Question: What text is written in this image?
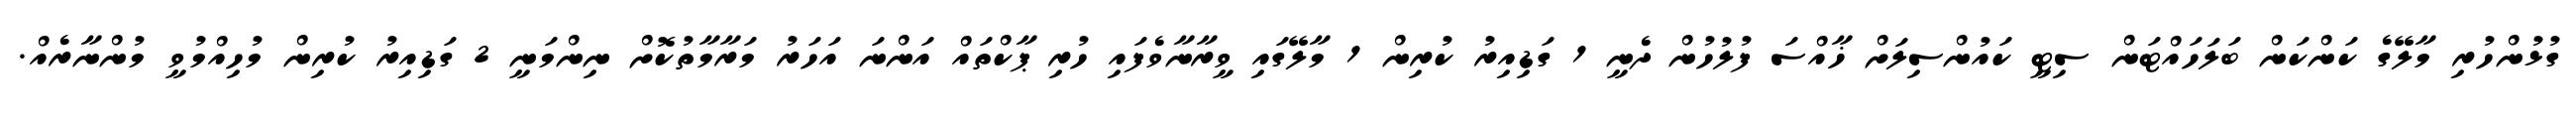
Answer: ގުޅުންހުރި މާލޭގެ ކަންކަން ބަލަހައްޓަން ސިޓީ ކައުންސިލަށް ޚާއްސަ ފުލުހުން ދެނީ 1 ގަޑިއިރު ކުރިން 1 މާލޭގައި ވީރާނާވެފައި ހުރި ޕާކްތައް އަންނަ އަހަރު މަރާމާތުކޮށް ނިންމަނީ 2 ގަޑިއިރު ކުރިން މުހިއްމުވީ މުންނާރެއް.